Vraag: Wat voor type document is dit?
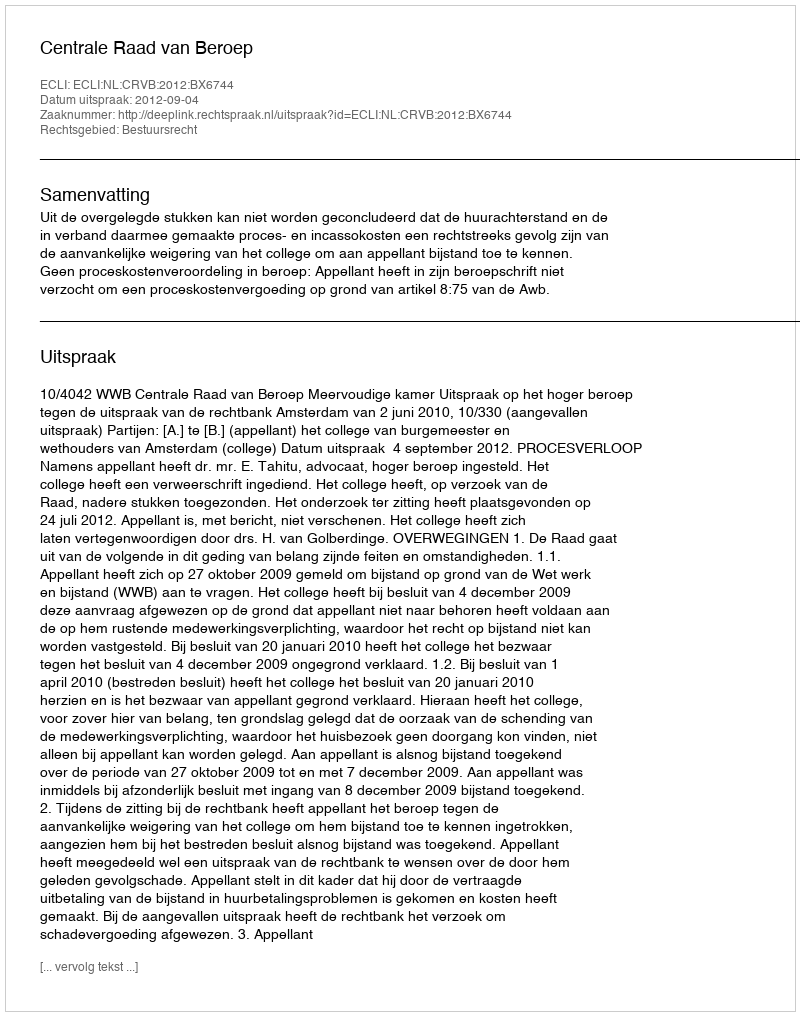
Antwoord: Uitspraak